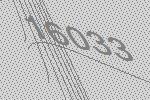
16033